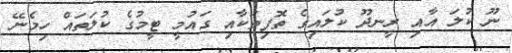
ނޫ ކުލަ އާއި ރީނދޫ ކުލައިގެ ތޮފިތަކާއި ގައުމީ ޓީމުގެ ކުލަތައް ހިމެނޭ